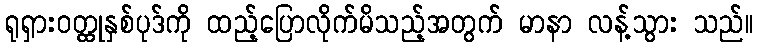
ရုရှားဝတ္ထုနှစ်ပုဒ်ကို ထည့်ပြောလိုက်မိသည့်အတွက် မာနာ လန့်သွား သည်။